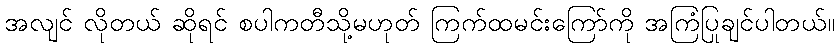
အလျင် လိုတယ် ဆိုရင် စပါကတီသို့မဟုတ် ကြက်ထမင်းကြော်ကို အကြံပြုချင်ပါတယ်။